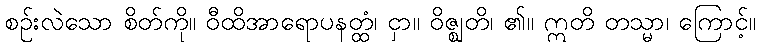
စဉ်းလဲသော စိတ်ကို။ ဝီထိအာရောပနတ္ထံ၊ ငှာ။ ဝိဇ္ဈတိ၊ ၏။ ဣတိ တသ္မာ၊ ကြောင့်။